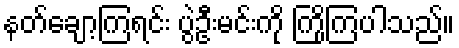
နတ်ချော့ကြရင်း ပွဲဦးမင်းကို ကြိုကြပါသည်။